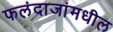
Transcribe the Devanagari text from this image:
फलंदाजांमधील